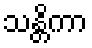
သန္တိကာ